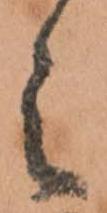
之